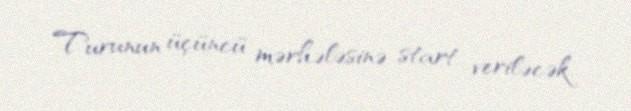
Turunun üçüncü mərhələsinə start veriləcək.